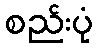
စည်းပုံ